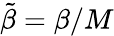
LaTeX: \tilde{\beta}=\beta/M